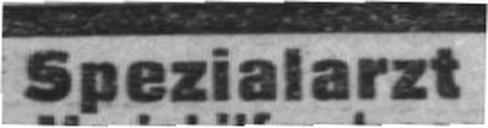
Spezialarzt